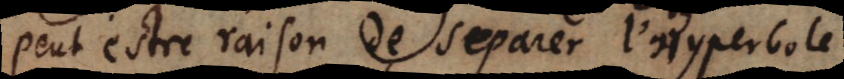
peut estre raison de separer l’Hyperbole